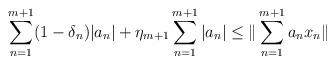
LaTeX: \begin{align*} \sum_{n=1}^{m+1} (1-\delta_n)|a_n| + \eta_{m+1}\sum_{n=1}^{m+1}|a_n| \le \|\sum_{n=1}^{m+1} a_nx_n\| \end{align*}